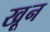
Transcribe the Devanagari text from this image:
खू़न